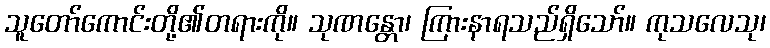
သူတော်ကောင်းတို့၏တရားကို။ သုဏန္တော၊ ကြားနာရသည်ရှိသော်။ ကုသလေသု၊